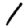
Digit: 1